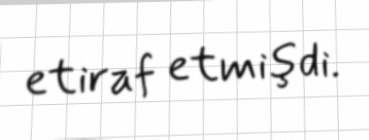
etiraf etmişdi.